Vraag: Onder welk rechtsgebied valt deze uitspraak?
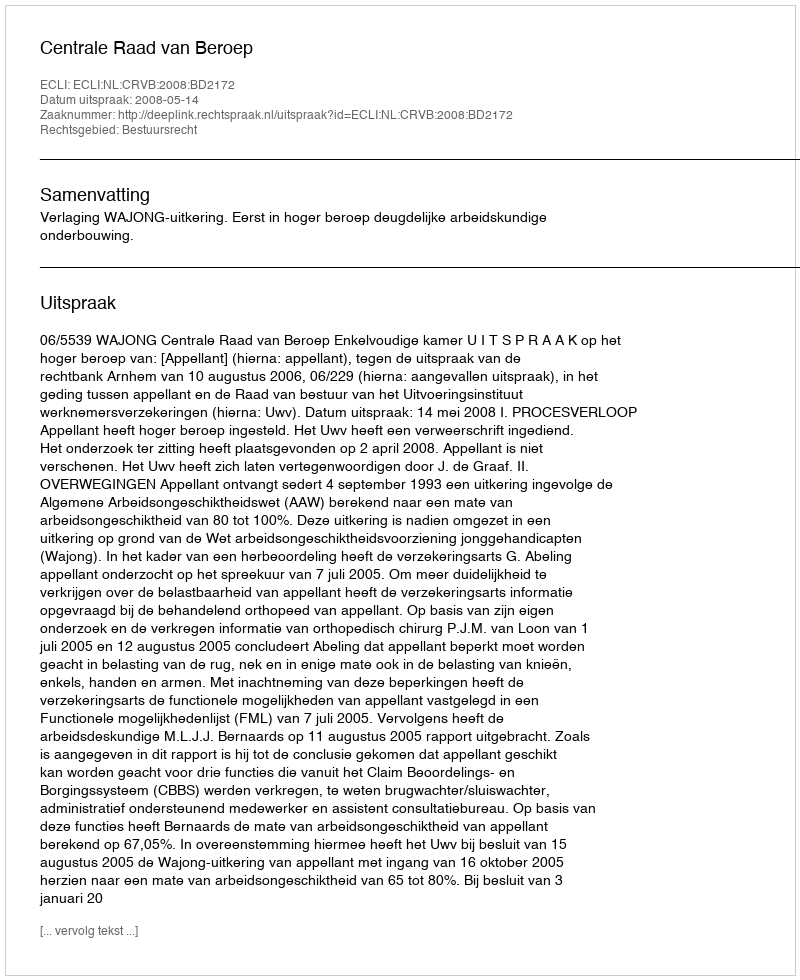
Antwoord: Bestuursrecht